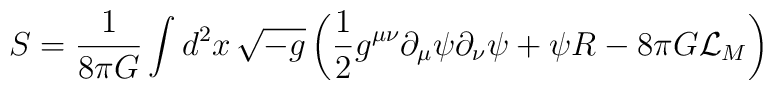
S=\frac{1}{8\pi G}\int d^2x\,\sqrt{-g}\left(\frac{1}{2}g^{\mu\nu}\partial_\mu\psi\partial_\nu\psi + \psi R- 8 \pi G {\cal L}_M \right)